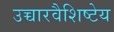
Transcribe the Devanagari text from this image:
उच्चारवैशिष्टेय